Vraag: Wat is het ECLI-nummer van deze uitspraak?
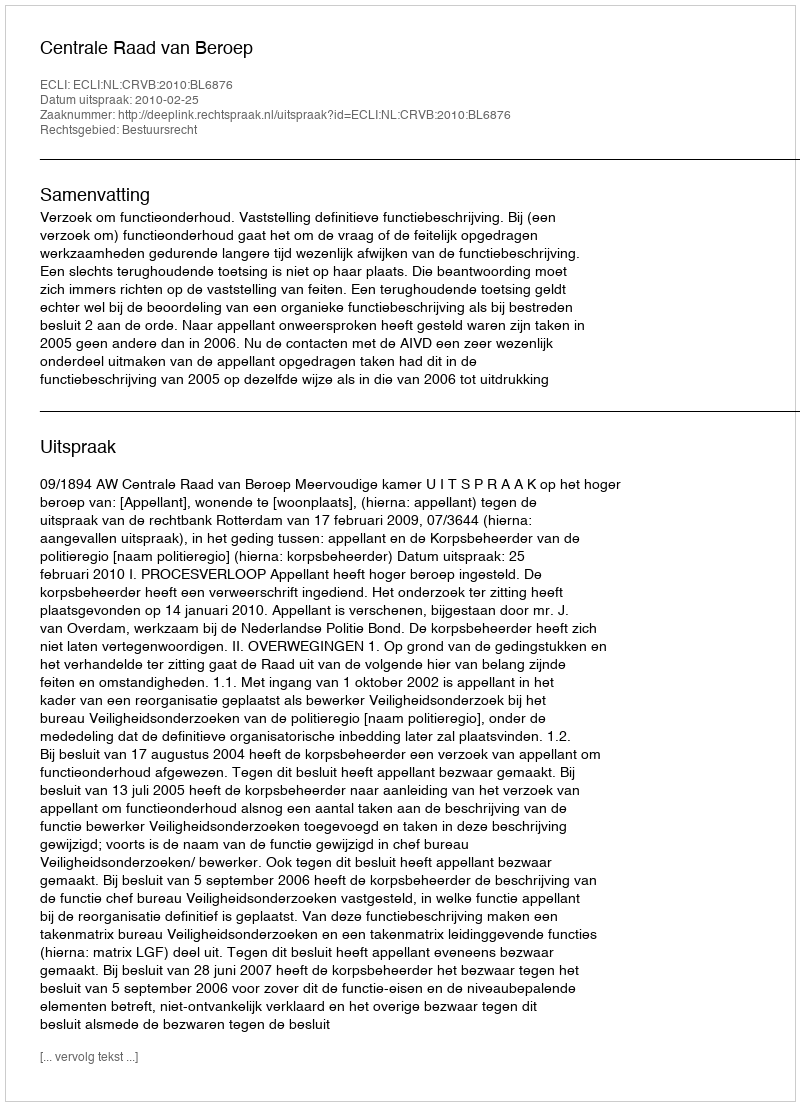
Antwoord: ECLI:NL:CRVB:2010:BL6876